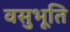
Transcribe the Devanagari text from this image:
वसुभूति